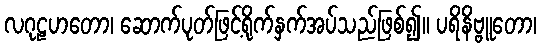
လဂုဠဟတော၊ ဆောက်ပုတ်ဖြင့်ရိုက်နှက်အပ်သည်ဖြစ်၍။ ပရိနိဗ္ဗူတော၊